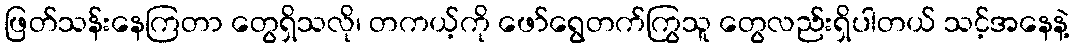
ဖြတ်သန်းနေကြတာ တွေရှိသလို၊ တကယ့်ကို ဖော်ရွေတက်ကြွသူ တွေလည်းရှိပါတယ် သင့်အနေနဲ့